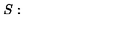
S :